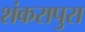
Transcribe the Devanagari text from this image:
शंकरापुरा